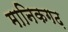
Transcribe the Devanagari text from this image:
मानिकगढ़